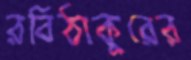
রবিঠাকুরের